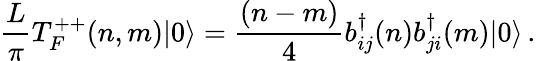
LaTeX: \frac{L}{\pi}T_{F}^{++}(n,m)|0\rangle={\frac{(n-m)}{4}}b_{ij}^{\dagger}(n)b_{ji}^{\dagger}(m)|0\rangle\, .